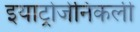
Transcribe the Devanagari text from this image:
इयाट्रोजेनिकली